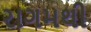
રાગમથી